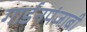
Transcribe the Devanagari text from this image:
गार्डनपंजाबी